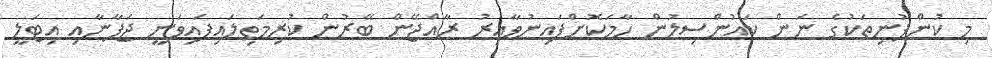
މި ކުންފުނިތަކުގެ ނަން ކައުންސިލުން ހާމަކޮށްފައިނުވާއިރު ރާއްޖޭން ބޭރުން ކުރިމަތިލައިފައިވަނީ ޖަޕާނާއި އިޓަލީ